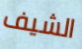
الشيف